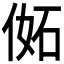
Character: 𠊜